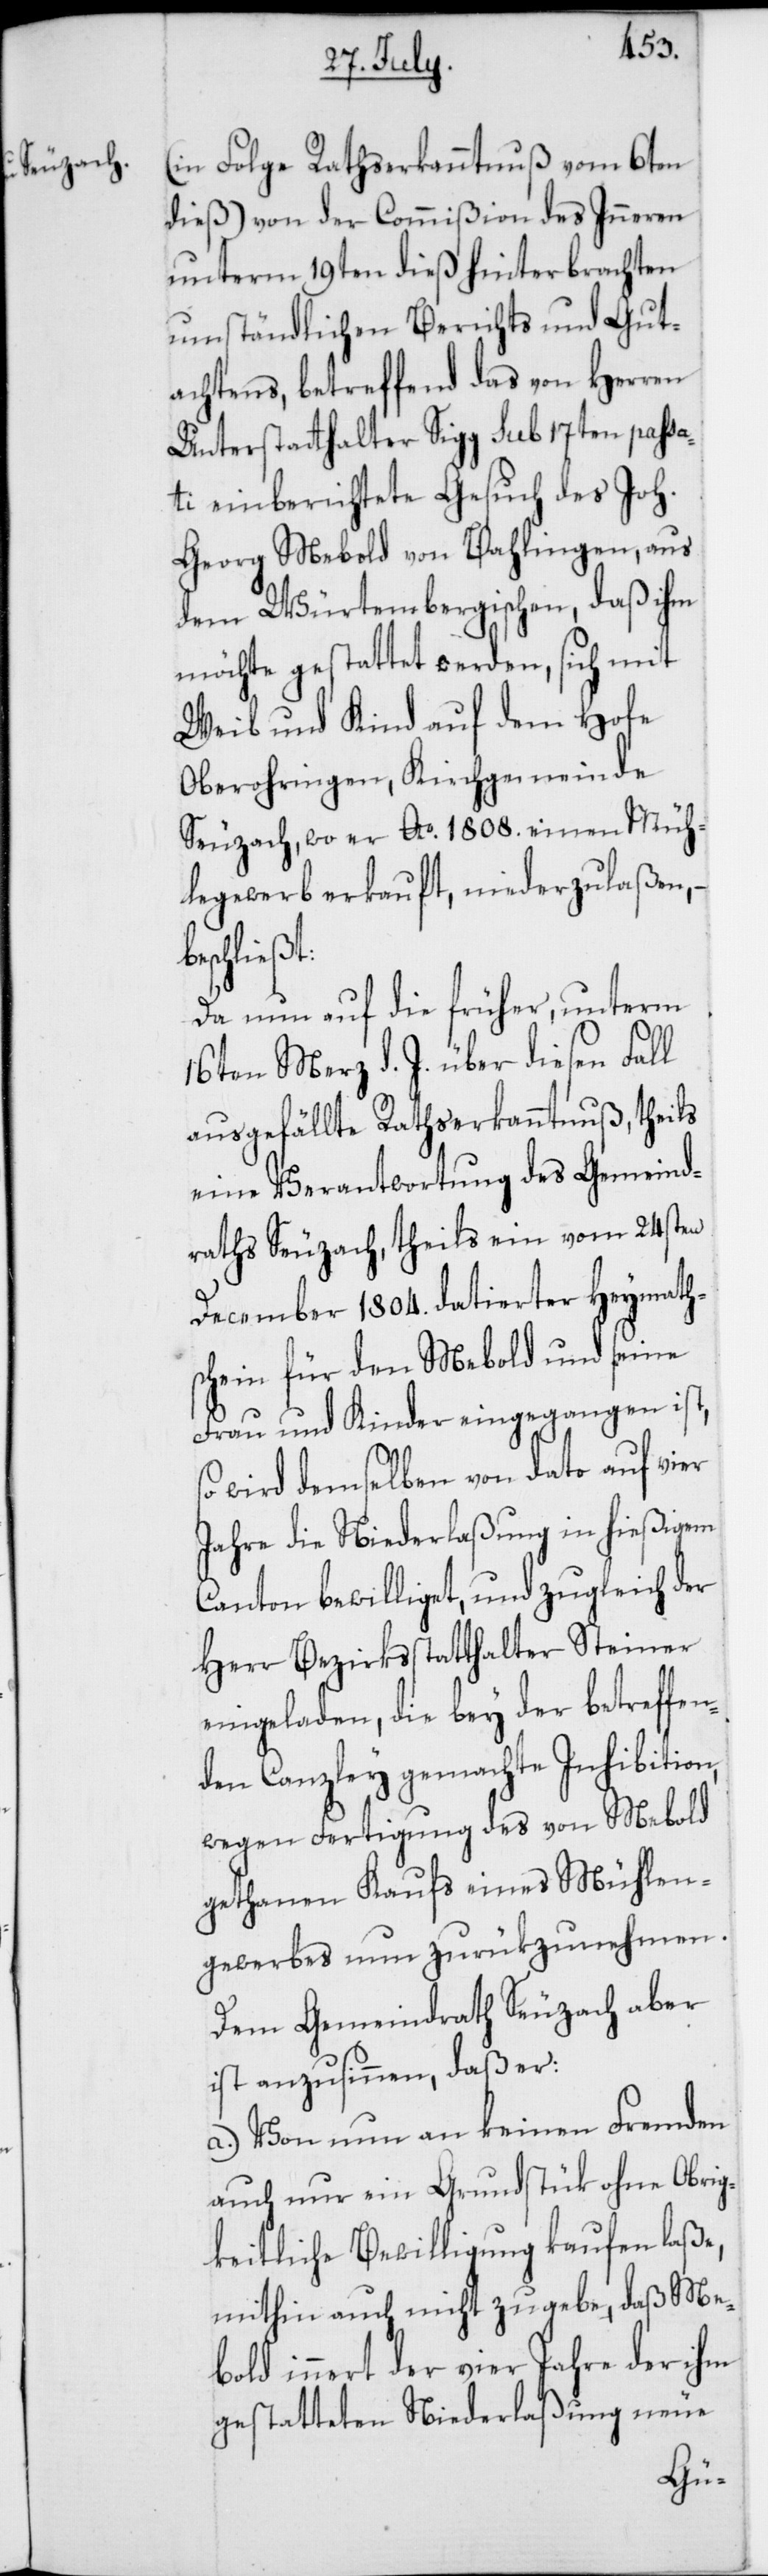
(in Folge Rathserkanntnuß vom 6ten
dieß) von der Commißion des Inneren
unterm 19ten dieß hinterbrachten
umständlichen Berichts und Gut¬
achtens, betreffend das von Herren
Unterstatthalter Sigg sub 17ten pass¬
ati einberichtete Gesuch des Joh.
Georg Mebold von Bahlingen, aus
dem Würtembergischen, daß ihm
möchte gestattet werden, sich mit
Weib und Kind auf dem Hofe
Oberohringen, Kirchgemeinde
Seuzach, wo er Ao 1808. einen Müh¬
legewerb erkauft, niederzulaßen,
beschließt:
Da nun auf die früher, unterm
16ten Merz d. J. über diesen Fall
ausgefällte Rathserkanntnuß, theils
eine Verantwortung des Gemeind¬
raths Seuzach, theils ein vom 24sten
December 1804. datierter Heymath¬
schein für den Mebold und seine
Frau und Kinder eingegangen ist,
wird demselben von Dato auf vier
Jahre die Niederlaßung in hießigem
Canton bewilliget, und zugleich der
Herr Bezirksstatthalter Steiner
eingeladen, die bey der betreffen¬
den Canzley gemachte Inhibition,
wegen Fertigung des von Mebold
gethanen Kaufs eines Mühlen¬
gewerbs nun zurükzunehmen.
Dem Gemeindrath Seuzach aber
ist anzusinnen, daß er:
a.) Von nun an keinen Fremden
auch nur ein Grundstük ohne Obrig¬
keitliche Bewilligung kaufen laße,
mithin auch nicht zugebe, daß Me¬
bold innert der vier Jahre, der ihm
gestatteten Niederlaßung neue